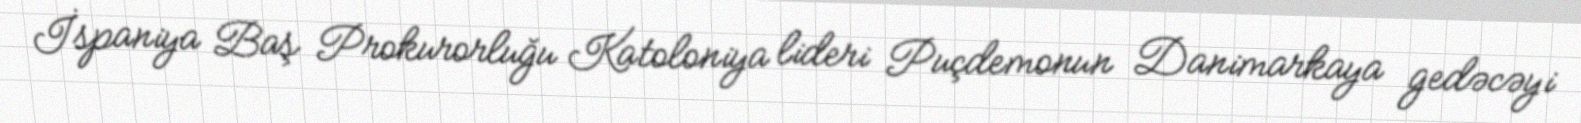
İspaniya Baş Prokurorluğu Katoloniya lideri Puçdemonun Danimarkaya gedəcəyi